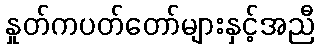
နှုတ်ကပတ်တော်များနှင့်အညီ